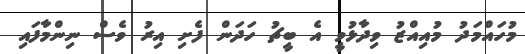
މުހައްމަދު މުއިއްޒު ވިދާޅުވީ އެ ބީޗު ހަދަން ފެށި އިރު ވެސް ނިންމާފައި